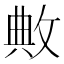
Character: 敟